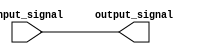
module ActiveHighBuffer (
    input wire input_signal,
    output wire output_signal
);

assign output_signal = input_signal;

endmodule